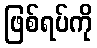
ဖြစ်ရပ်ကို